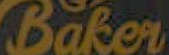
Baker